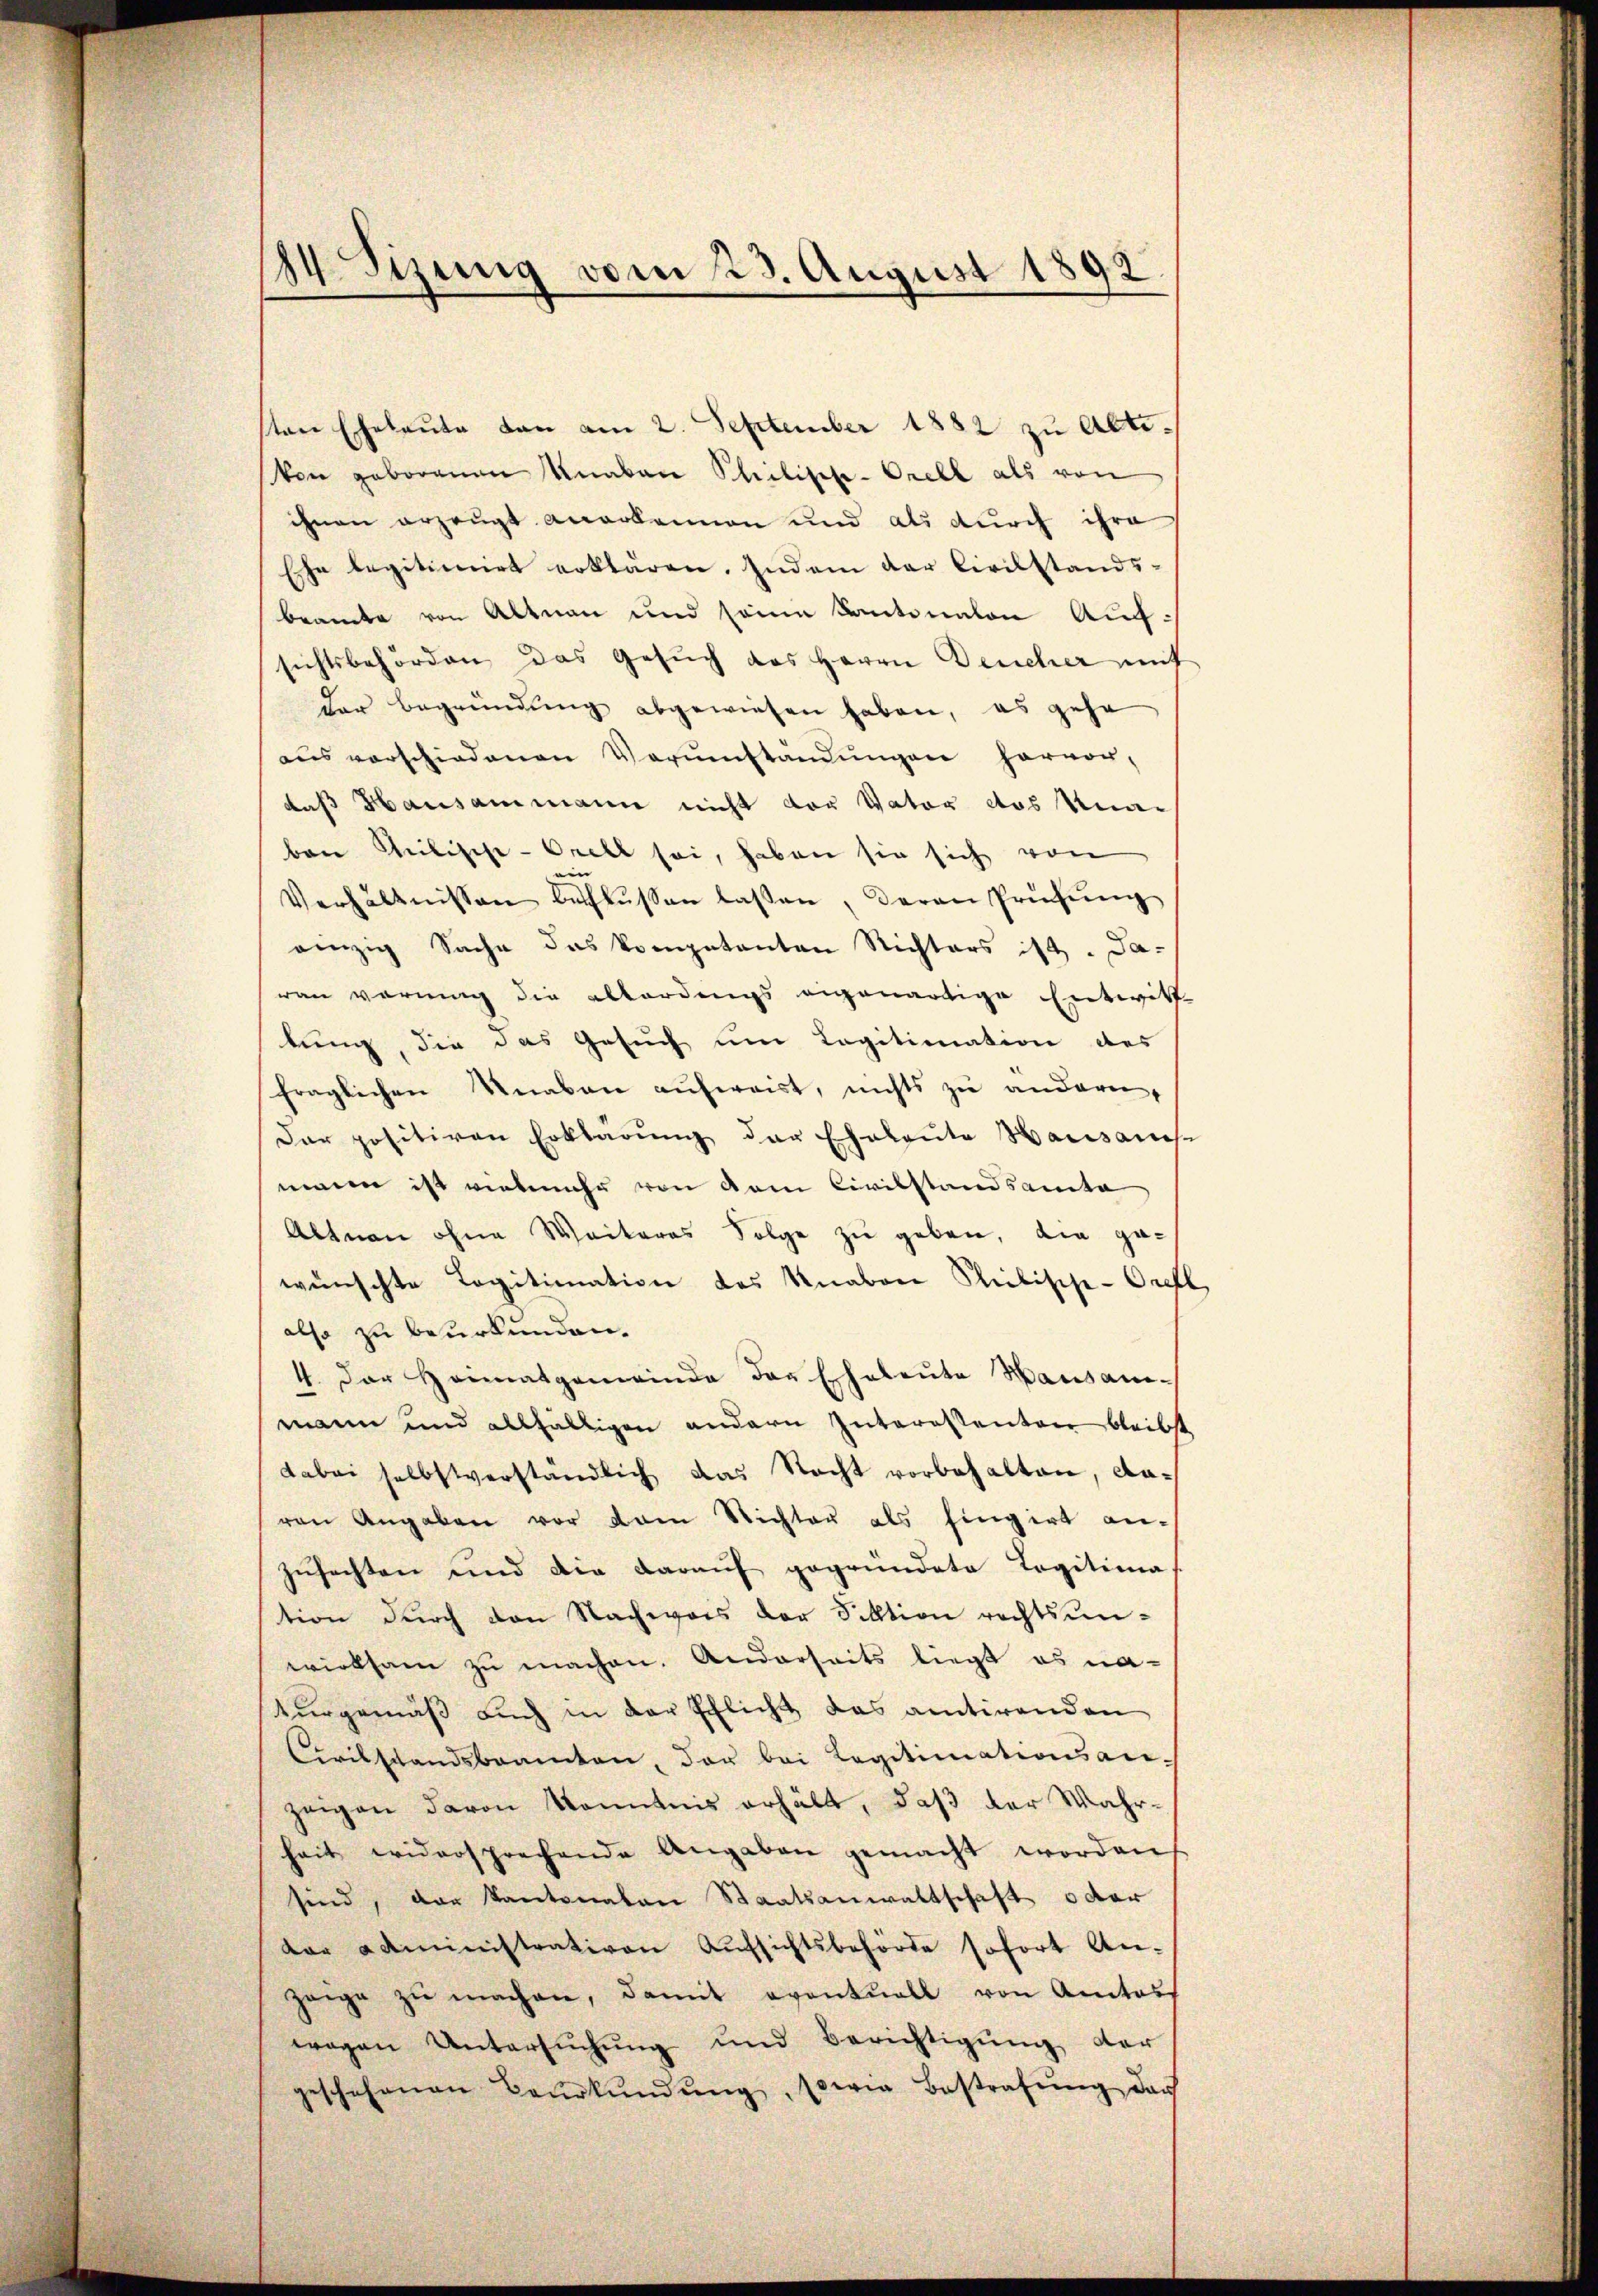
184. Sizung vom 23. August 1892

sten Eheleute dan am 2. September 1882 zu Altivon geborenen Knaben Philisch-Orell als von
ihnen erzeugt anerkannen und als durch ihre
Ehe legitimirt erklären. Indem der Civilstands-
beamte von Altnau und seine Kantonalen Aufsichtsbehörden das Gesŭch das Herrn Deucher mit
der Begründung abgewiesen haben, es gehe
aŭs verschiedenen Verŭmständŭngen hervor,
daß Hausammann nicht der Vater das Reinben Milische-Orell sei, haben sie sich von
i
Verhältnissen beschlŭssen lassen, deren Prüfŭng
einzig Sache das kompetenten Richters ist. Ja-
ran vermag die allerdings angenartige Entwitt
lung, die das Gesuch um Legitimation des
fraglichen Knaben aufweist, nichts zu anderen,
Dar positiven Erklärŭng der Eheleute Hausames
mann ist vielmehr von dem Civilstandsamta
Altnau ohne Weiteres Folge zu geben, die gewünschte Legitimation des Knaben Seelische-Oreft
also zu beurkunden.
4. Der Heimatgemeinde der Eheleute Hausan-
mann und allfälligen andern Interessenten bleibst
dabei selbstverständlich das Nacht vorbehalten, davon Angaben vor dem Nichter als hingirt an-
zŭsachten und die daraŭf gegründete Legitima
tion durch den Nachweis der Fiktion rechtsunwirksam zu machen. Anderseits liegt es na-
turgemäß auch in der Pflicht das antirenden
Civilstandsbeamten, das bei Legitimationsanzeigen davon Kenntnis erhält, daß der Wahrheit widersprechende Angaben gemacht worden
sind, der Kantonaten Staatsanwaltschaft oder
der Administrativen Aŭfsichtsbehörde sofort An-
zeige zŭ machen, damit eventuell von Amtorf
wegen Untersuchung und Berichtigung der
geschehenen Baŭrkŭndŭng, sowie Bestrafŭng das
.